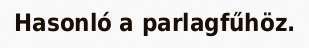
Hasonló a parlagfűhöz.